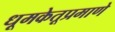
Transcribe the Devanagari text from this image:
धूमकेतूप्रमाणे